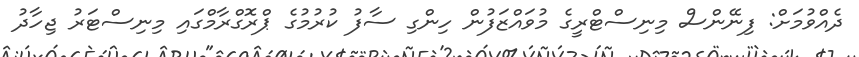
ދެއްވުމަށް: ފިނޭންސް މިނިސްޓްރީގެ މުވައްޒަފުން ހިންގި ސާފު ކުރުމުގެ ޕްރޮގްރާމްގައި މިނިސްޓަރު ޖިހާދު